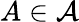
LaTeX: A\in{\mathcal{A}}